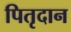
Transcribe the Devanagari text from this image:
पितृदान